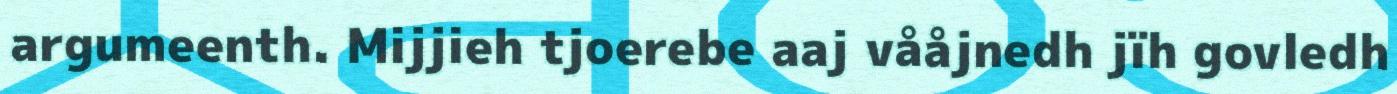
argumeenth. Mijjieh tjoerebe aaj vååjnedh jïh govledh